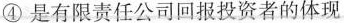
④是有限责任公司回报投资者的体现